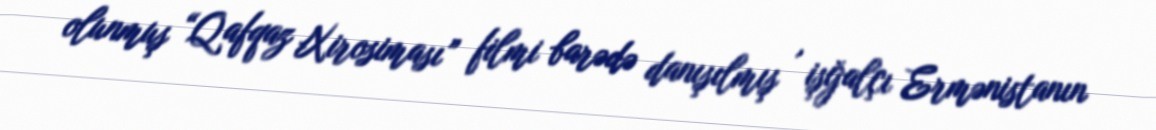
olunmuş “Qafqaz Xirosiması” filmi barədə danışılmış , işğalçı Ermənistanın